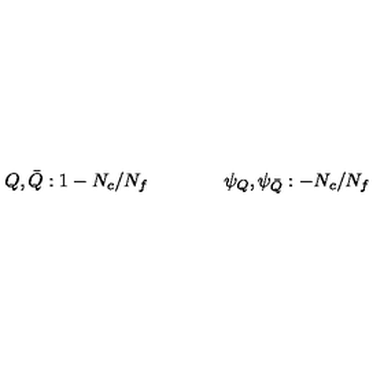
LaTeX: Q , \bar { Q } : 1 - N _ { c } / N _ { f } \qquad \qquad \psi _ { Q } , \psi _ { \bar { Q } } : - N _ { c } / N _ { f }